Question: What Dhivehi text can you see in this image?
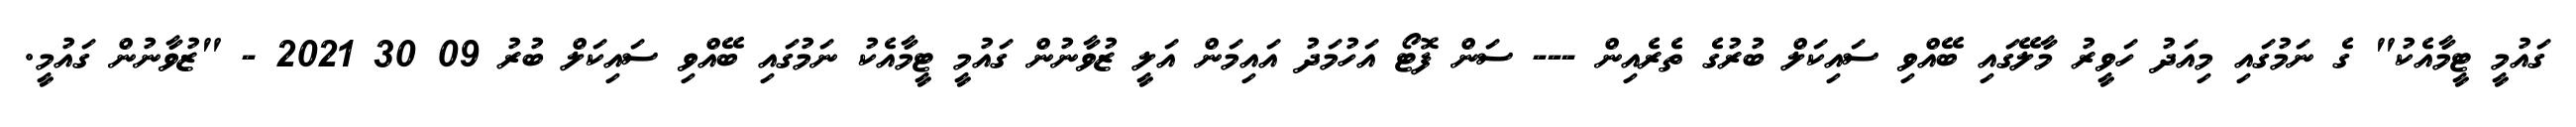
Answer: ގައުމީ ޓީމާއެކު" ގެ ނަމުގައި މިއަދު ހަވީރު މާލޭގައި ބޭއްވި ސައިކަލް ބުރުގެ ތެރެއިން --- ސަން ފޮޓޯ އަހުމަދު އައިމަން އަލީ ޒުވާނުން ގައުމީ ޓީމާއެކު ނަމުގައި ބޭއްވި ސައިކަލް ބުރު 09 30 2021 - "ޒުވާނުން ގައުމީ.